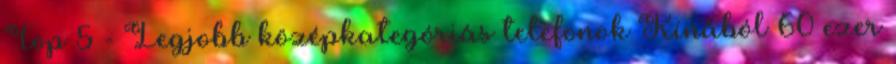
Top 5 - Legjobb középkategóriás telefonok Kínából 60 ezer